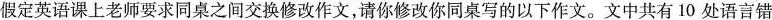
假定英语课上老师要求同桌之间交换修改作文,请你修改你同桌写的以下作文.文中共有 10 处语言错